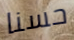
حسنا